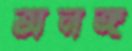
অনঙ্গ